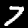
Label: 7